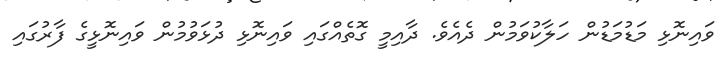
ވައިނޮޅި މަޑުމަޑުން ހަލާކުވަމުން ދެއެވެ. ދާއިމީ ގޮތެއްގައި ވައިނޮޅި ދުޅަވުމުން ވައިނޮޅީގެ ފާރުގައި